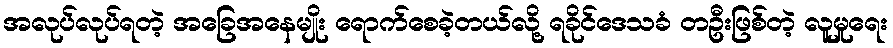
အလုပ်လုပ်ရတဲ့ အခြေအနေမျိုး ရောက်စေခဲ့တယ်လို့ ရခိုင်ဒေသခံ တဦးဖြစ်တဲ့ လူမှုရေး